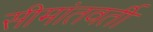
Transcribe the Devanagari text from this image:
सीमांतवर्ती